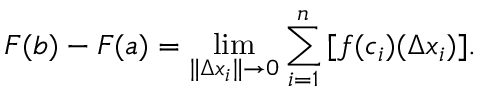
F ( b ) - F ( a ) = \operatorname* { l i m } _ { \| \Delta x _ { i } \| \to 0 } \sum _ { i = 1 } ^ { n } \, [ f ( c _ { i } ) ( \Delta x _ { i } ) ] .